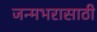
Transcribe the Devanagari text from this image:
जन्मभरासाठी